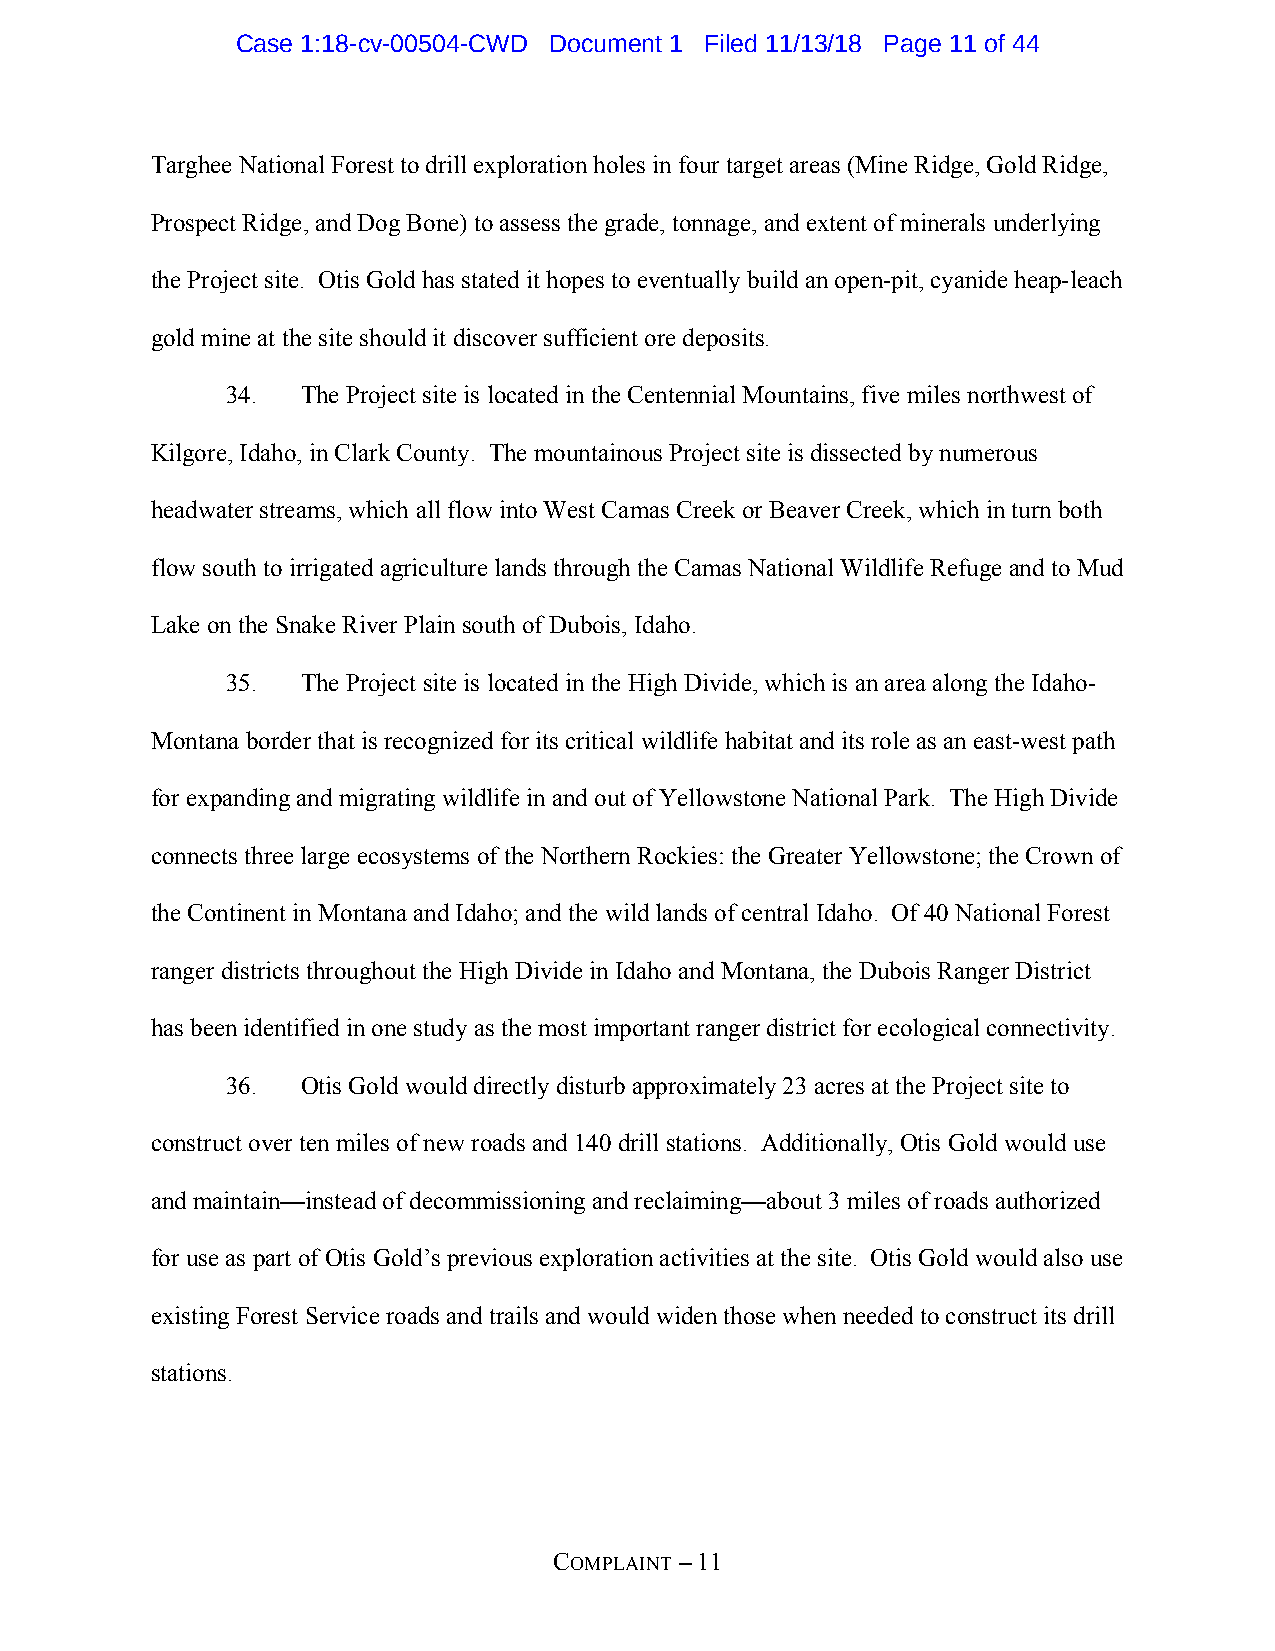
Case 1:18-cv-00504-CWD Document 1 Filed 11/13/18 Page 11 of 44
 Targhee National Forest to drill exploration holes in four target areas (Mine Ridge, Gold Ridge,
 Prospect Ridge, and Dog Bone) to assess the grade, tonnage, and extent of minerals underlying
 the Project site. Otis Gold has stated it hopes to eventually build an open-pit, cyanide heap-leach
 gold mine at the site should it discover sufficient ore deposits.
 34.  The Project site is located in the Centennial Mountains, five miles northwest of
 Kilgore, Idaho, in Clark County. The mountainous Project site is dissected by numerous
 headwater streams, which all flow into West Camas Creek or Beaver Creek, which in turn both
 flow south to irrigated agriculture lands through the Camas National Wildlife Refuge and to Mud
 Lake on the Snake River Plain south of Dubois, Idaho.
 35.  The Project site is located in the High Divide, which is an area along the Idaho-
 Montana border that is recognized for its critical wildlife habitat and its role as an east-west path
 for expanding and migrating wildlife in and out of Yellowstone National Park. The High Divide
 connects three large ecosystems of the Northern Rockies: the Greater Yellowstone; the Crown of
 the Continent in Montana and Idaho; and the wild lands of central Idaho. Of 40 National Forest
 ranger districts throughout the High Divide in Idaho and Montana, the Dubois Ranger District
 has been identified in one study as the most important ranger district for ecological connectivity.
 36.  Otis Gold would directly disturb approximately 23 acres at the Project site to
 construct over ten miles of new roads and 140 drill stations. Additionally, Otis Gold would use
 and maintain—instead of decommissioning and reclaiming—about 3 miles of roads authorized
 for use as part of Otis Gold’s previous exploration activities at the site. Otis Gold would also use
 existing Forest Service roads and trails and would widen those when needed to construct its drill
 stations.
 COMPLAINT – 11